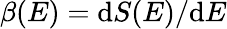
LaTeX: \beta(E)=\mathrm{d}S(E)/\mathrm{d}E